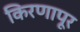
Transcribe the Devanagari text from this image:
किरणापूर